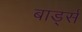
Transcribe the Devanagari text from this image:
बार्ड्स